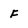
Character: F